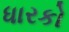
ધારકો